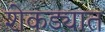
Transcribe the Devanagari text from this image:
शेकड्यात